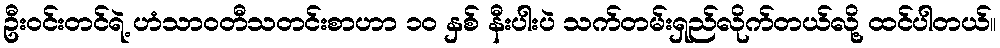
ဦးဝင်းတင်ရဲ့ ဟံသာဝတီသတင်းစာဟာ ၁၀ နှစ် နီးပါးပဲ သက်တမ်းရှည်လိုက်တယ်လို့ ထင်ပါတယ်။